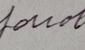
Signature authenticity: forged